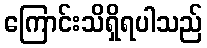
ကြောင်းသိရှိရပါသည်